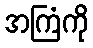
အကြံကို